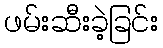
ဖမ်းဆီးခဲ့ခြင်း